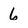
Character: 6